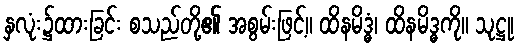
နှလုံး၌ထားခြင်း စသည်တို့၏ အစွမ်းဖြင့်။ ထိနမိဒ္ဓံ၊ ထိနမိဒ္ဓကို။ သုဋ္ဌု၊